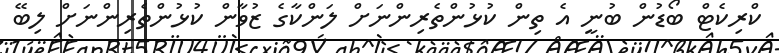
ކްރިކެޓް ބޯޑުން ބުނީ އެ ތިން ކުޅުންތެރިންނަށް ލަންކާގެ ޒުވާން ކުޅުންތެރިންނަށް ލިބޭ